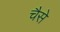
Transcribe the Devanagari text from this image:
चैसे